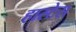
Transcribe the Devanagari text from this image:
हास्टेस